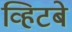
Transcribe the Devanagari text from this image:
व्हिटबे